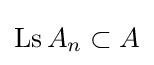
\mathop {\mathrm {Ls} } A_{n}\subset A